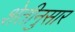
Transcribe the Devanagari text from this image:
शेतीनुसार